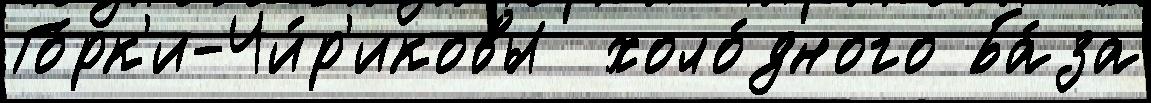
Го́рк'и-Чи́р'иковы  холо́дного Ба́за